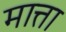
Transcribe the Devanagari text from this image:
मात्ता